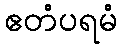
ဧတံပရမံ